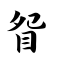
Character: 眢